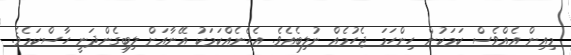
މިއިން އެއްވެސް ކަމަކުން ހިންހަމަ ޖެހުމެއް ނުލިބެއެވެ. އެހެނެއްކަމަކު އޭނާއަށް ލިބިގެންދަނީ ހާސްކަމެވެ.